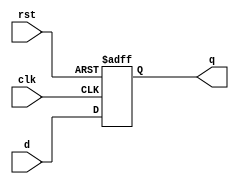
module d_flip_flop (
   input d, // Data input
   input clk, // Clock input
   input rst, // Reset input
   output reg q // Output
);

   always @(posedge clk or posedge rst) begin
      if (rst) // Reset
         q <= 1'b0;
      else // Store and transfer data
         q <= d;
   end

endmodule